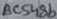
Text: BC548b